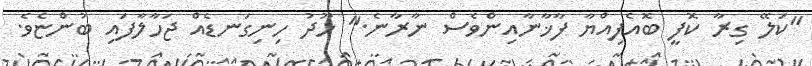
"ކަލޭ ގިރާ ކޮފީ ބޮއެފިއްޔާ ފާޚާނާއިންވެސް ނާރާނެ." ހޫދު ހިނިގަނޑެއް ޖަހާލާފައި ބުންޏެވެ.